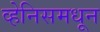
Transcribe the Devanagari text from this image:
व्हेनिसमधून